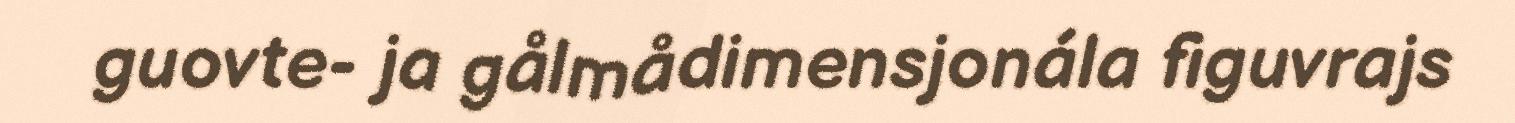
guovte- ja gålmådimensjonála figuvrajs